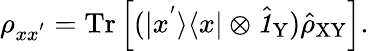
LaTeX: \rho_{xx^{'}}=\mathrm{Tr}\left[(|x^{'}\rangle\langle x|\otimes\hat{\textbf{\textit{1}}\, }_{\! \mathrm{Y}})\hat{\rho}_{\mathrm{XY}}\right].